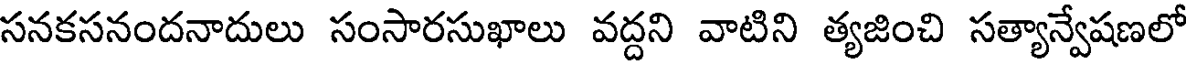
సనకసనందనాదులు సంసారసుఖాలు వద్దని వాటిని త్యజించి సత్యాన్వేషణలో